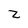
Character: z